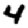
Digit: 4